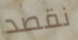
نقصد